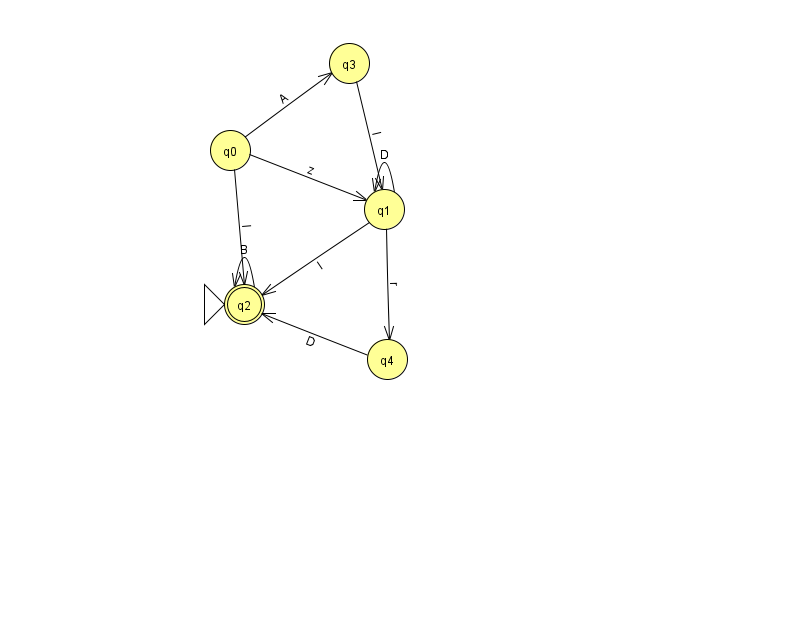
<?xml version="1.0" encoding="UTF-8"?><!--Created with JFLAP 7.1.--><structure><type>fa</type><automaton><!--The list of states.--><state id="0" name="q0"><x>230.0</x><y>137.0</y></state><state id="1" name="q1"><x>384.0</x><y>196.0</y></state><state id="2" name="q2"><x>244.0</x><y>291.0</y><initial/><final/></state><state id="3" name="q3"><x>349.0</x><y>50.0</y></state><state id="4" name="q4"><x>387.0</x><y>346.0</y></state><!--The list of transitions.--><transition><from>1</from><to>2</to><read>I</read></transition><transition><from>2</from><to>2</to><read>B</read></transition><transition><from>1</from><to>1</to><read>D</read></transition><transition><from>0</from><to>3</to><read>A</read></transition><transition><from>0</from><to>2</to><read>I</read></transition><transition><from>1</from><to>4</to><read>r</read></transition><transition><from>3</from><to>1</to><read>I</read></transition><transition><from>4</from><to>2</to><read>D</read></transition><transition><from>0</from><to>1</to><read>z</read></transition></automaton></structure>